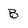
Character: B